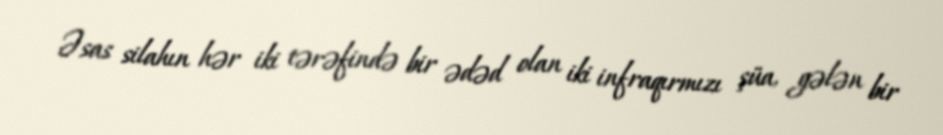
Əsas silahın hər iki tərəfində bir ədəd olan iki infraqırmızı şüa, gələn bir